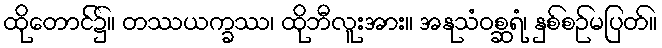
ထိုတောင်၌။ တဿယက္ခဿ၊ ထိုဘီလူးအား။ အနုသံဝစ္ဆရံ၊ နှစ်စဉ်မပြတ်။